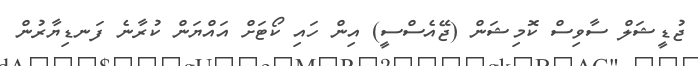
ޖުޑީޝަލް ސާވިސް ކޮމިޝަން (ޖޭއެސްސީ) އިން ހައި ކޯޓަށް އައްޔަން ކުރާނެ ފަނޑިޔާރުން